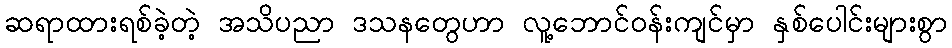
ဆရာထားရစ်ခဲ့တဲ့ အသိပညာ ဒသနတွေဟာ လူ့ဘောင်ဝန်းကျင်မှာ နှစ်ပေါင်းများစွာ